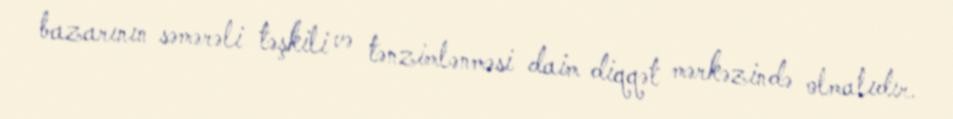
bazarının səmərəli təşkili və tənzimlənməsi daim diqqət mərkəzində olmalıdır.